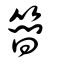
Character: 簡